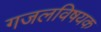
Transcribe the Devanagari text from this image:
गजलविषयक